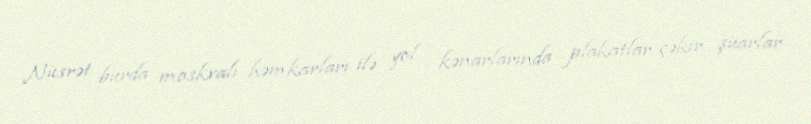
Nüsrət burda moskvalı həmkarları ilə yol kənarlarında plakatlar çəkir, şüarlar